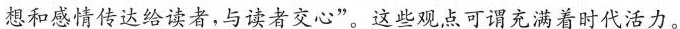
想和感情传达给读者，与读者交心”。这些观点可谓充满着时代活力。